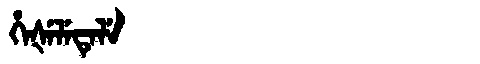
Manchu: ᡥᡝᡧᡝᠯᡝᡨᡝᠯᡝ
Romanization: HEŠELETELE